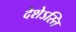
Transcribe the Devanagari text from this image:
देशेऽस्ति